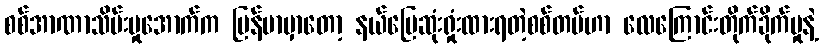
စစ်အာဏာသိမ်းမှုအောက်က မြန်မာမှာတော့ နယ်မြေဆုံးရှုံးထားရတဲ့စစ်တပ်ဟာ လေကြောင်းတိုက်ခိုက်မှုနဲ့